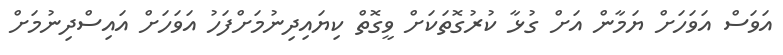
އަވަސް އަވަހަށް ޔަމާން އަށް ގުޅާ ކުރުގޮތަކަށް ވީގޮތް ކިޔައިދިނުމަށްފަހު އަވަހަށް އައިސްދިނުމަށް